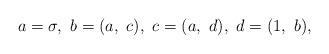
LaTeX: \begin{align*}a=\sigma,\ b=(a,\ c),\ c=(a,\ d),\ d=(1,\ b),\end{align*}